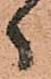
ヽ